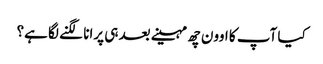
کیا آپ کا اوون چھ مہینے بعد ہی پرانا لگنے لگا ہے؟